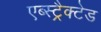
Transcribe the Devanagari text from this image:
एब्स्ट्रैक्टेड